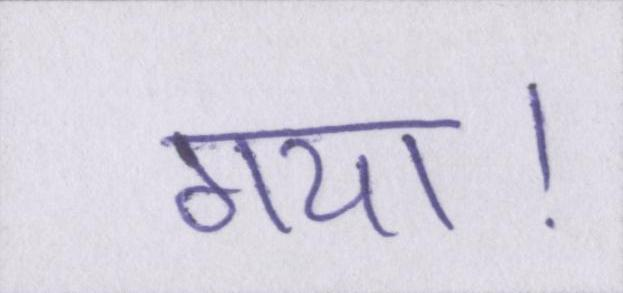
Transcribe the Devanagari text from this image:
गया।